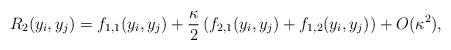
LaTeX: \begin{align*}R_2(y_i,y_j) = f_{1,1}(y_i,y_j) + {\kappa\over 2} \left(f_{2,1}(y_i,y_j) + f_{1,2}(y_i,y_j) \right)+ O(\kappa^2),\end{align*}